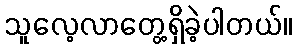
သူလေ့လာတွေ့ရှိခဲ့ပါတယ်။